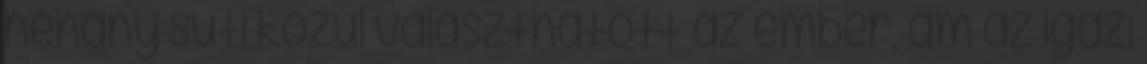
néhány süti közül választhatott az ember, ám az igazi